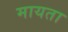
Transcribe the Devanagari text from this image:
मायता